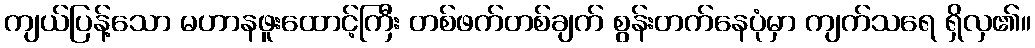
ကျယ်ပြန့်သော မဟာနဖူးထောင့်ကြီး တစ်ဖက်တစ်ချက် စွန်းတက်နေပုံမှာ ကျက်သရေ ရှိလှ၏။